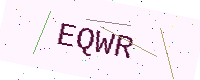
Text: EQWR